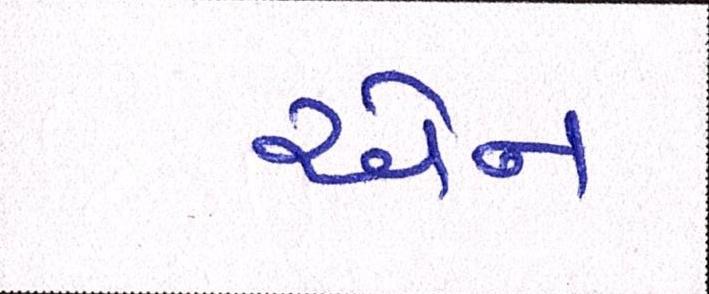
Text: એન